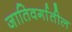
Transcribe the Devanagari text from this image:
जातिवर्गातील